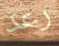
رعد